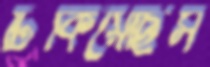
ঢিকিয়েছিস